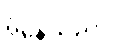
ရှိနေသည်။